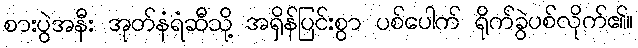
စားပွဲအနီး အုတ်နံရံဆီသို့ အရှိန်ပြင်းစွာ ပစ်ပေါက် ရိုက်ခွဲပစ်လိုက်၏။